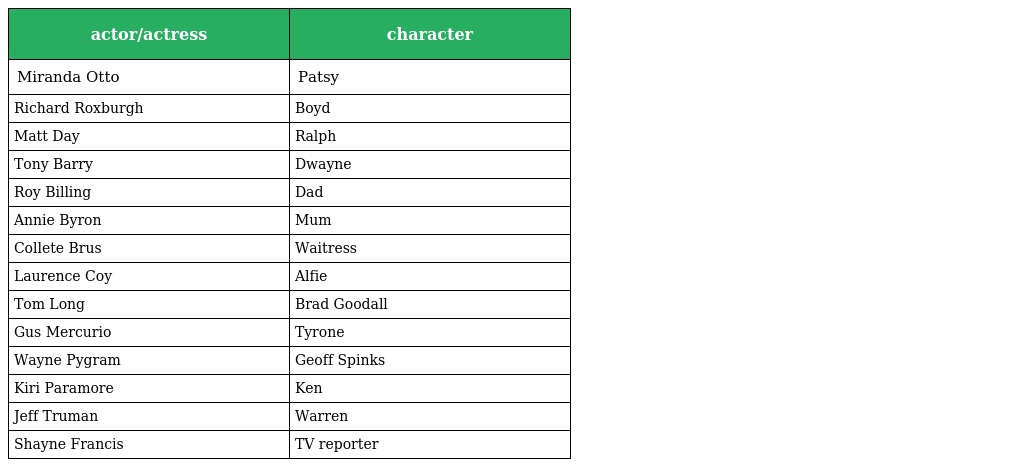
| actor/actress | character |
 | --- | --- |
 | Miranda Otto | Patsy |
 | Richard Roxburgh | Boyd |
 | Matt Day | Ralph |
 | Tony Barry | Dwayne |
 | Roy Billing | Dad |
 | Annie Byron | Mum |
 | Collete Brus | Waitress |
 | Laurence Coy | Alfie |
 | Tom Long | Brad Goodall |
 | Gus Mercurio | Tyrone |
 | Wayne Pygram | Geoff Spinks |
 | Kiri Paramore | Ken |
 | Jeff Truman | Warren |
 | Shayne Francis | TV reporter |